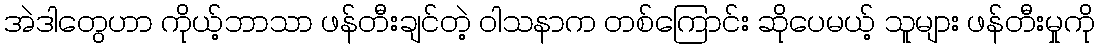
အဲဒါတွေဟာ ကိုယ့်ဘာသာ ဖန်တီးချင်တဲ့ ဝါသနာက တစ်ကြောင်း ဆိုပေမယ့် သူများ ဖန်တီးမှုကို